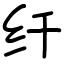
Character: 纤